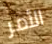
الأمر